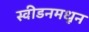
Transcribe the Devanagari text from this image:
स्वीडनमधून